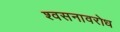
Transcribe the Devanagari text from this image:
श्वसनावरोध